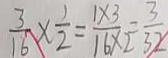
\frac { 3 } { 1 6 } \times \frac { 1 } { 2 } = \frac { 1 \times 3 } { 1 6 \times 2 } = \frac { 3 } { 3 2 }